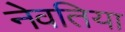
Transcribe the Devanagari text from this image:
नेवतिया